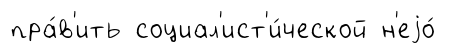
пра́в'ить социал'ист'и́ческой н'еjо́